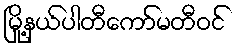
မြို့နယ်ပါတီကော်မတီဝင်